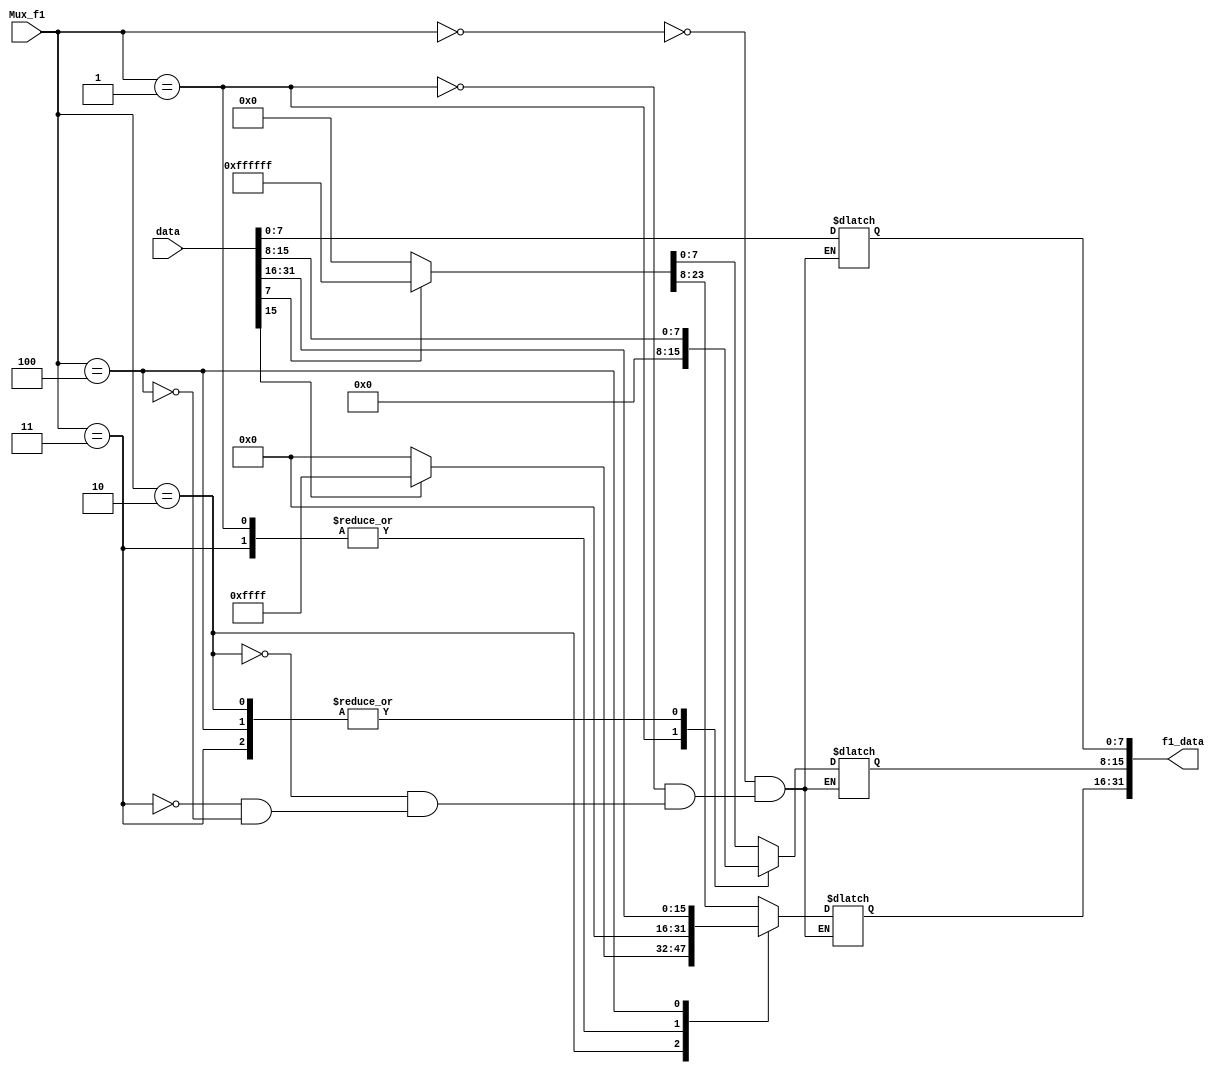
`timescale 1ns / 1ps

module F1(
  input [31:0] data,
  input [2:0] Mux_f1,
  output reg [31:0] f1_data
    );
    always @(data or Mux_f1)
    begin
        case(Mux_f1)
        3'b000:        //
        begin
            f1_data[7:0]<=data[7:0];
            f1_data[31:8]=(data[7]==1)? 24'hffffff:24'h0;
        end
        3'b001:        //
        begin
            f1_data[7:0]<=data[7:0];
            f1_data[31:8]<=24'h0;
        end
        3'b010:        //
        begin
            f1_data[15:0]<=data[15:0];
            f1_data[31:16]<=(data[15]==1)? 16'hffff:16'h0;
        end
        3'b011:        //
        begin
            f1_data[15:0]<=data[15:0];
            f1_data[31:16]<=16'h0;
        end
        3'b100:        //
        begin
            f1_data=data;
        end
        default: $display("wrong");
        endcase
    end
endmodule